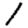
Digit: 1